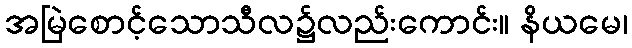
အမြဲစောင့်သောသီလ၌လည်းကောင်း။ နိယမေ၊